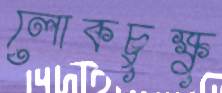
লোকচুক্ষু